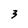
Character: 3